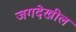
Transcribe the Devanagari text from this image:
जगदेखील